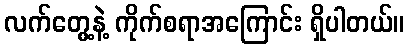
လက်တွေ့နဲ့ ကိုက်စရာအကြောင်း ရှိပါတယ်။